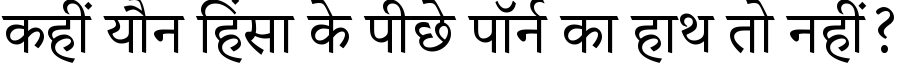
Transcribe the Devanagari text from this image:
कहीं यौन हिंसा के पीछे पॉर्न का हाथ तो नहीं?